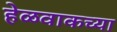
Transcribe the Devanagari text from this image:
हेळवाकच्या